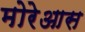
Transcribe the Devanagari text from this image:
मोरेआस